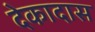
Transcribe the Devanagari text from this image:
देकादास